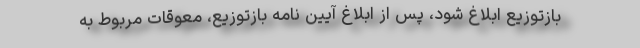
بازتوزیع ابلاغ شود، پس از ابلاغ آیین نامه بازتوزیع، معوقات مربوط به